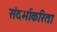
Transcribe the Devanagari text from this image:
संदर्भाकरिता